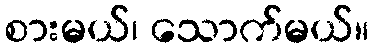
စားမယ်၊ သောက်မယ်။